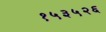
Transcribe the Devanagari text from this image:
१५३५२६